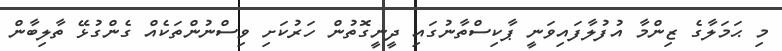
މި ޙަމަލާގެ ޒިންމާ އުފުލާފައިވަނީ ޕާކިސްތާނުގައި ދީނީގޮތުން ހަރުކަށި ވިސްނުންތަކެއް ގެންގުޅޭ ތާލިބާން